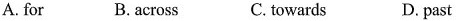
A. for B. across C.towards D. past